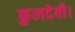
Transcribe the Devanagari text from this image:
कुलदेवी।